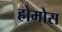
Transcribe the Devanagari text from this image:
होमोस